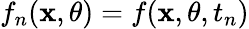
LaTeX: f_{n}(\mathbf{x},\theta)=f(\mathbf{x},\theta,t_{n})